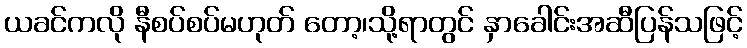
ယခင်ကလို နီစပ်စပ်မဟုတ် တော့၊သို့ရာတွင် နှာခေါင်းအဆီပြန်သဖြင့်